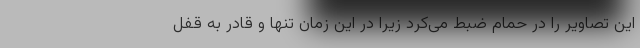
این تصاویر را در حمام ضبط می‌کرد زیرا در این زمان تنها و قادر به قفل